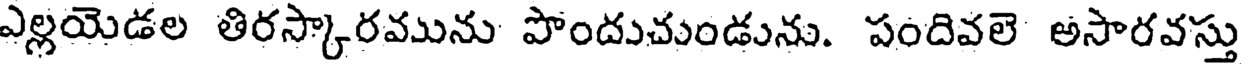
ఎల్లయెడల తిరస్కారమును పొందుచుండును. పందివలె అసారవస్తు